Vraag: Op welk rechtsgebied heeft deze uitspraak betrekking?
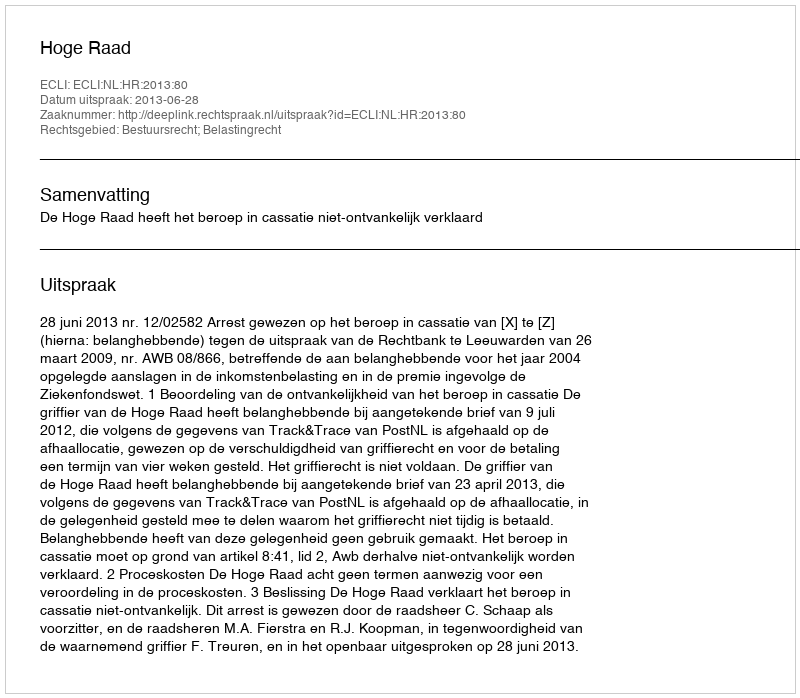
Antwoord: Bestuursrecht; Belastingrecht